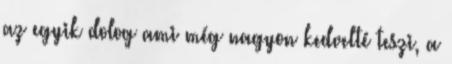
az egyik dolog ami még nagyon kedvelté teszi, a